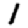
Digit: 1